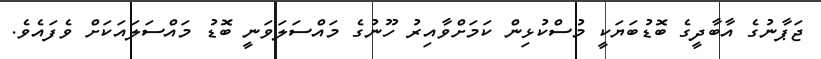
ޖަޕާނުގެ އާބާދީގެ ބޮޑުބަޔަކީ މުސްކުޅިން ކަމަށްވާއިރު ހޫނުގެ މައްސަލަވަނީ ބޮޑު މައްސަލައަކަށް ވެފައެވެ.